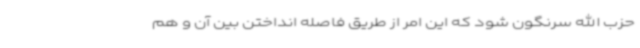
حزب الله سرنگون شود که این امر از طریق فاصله انداختن بین آن و هم‌